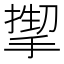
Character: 𫽬